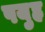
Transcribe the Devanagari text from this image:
पयुह